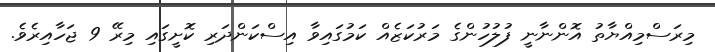
މިރަސްމިއްޔާތު އޮންނާނީ ފުލުހުންގެ މަރުކަޒެއް ކަމުގައިވާ އިސްކަންދަރި ކޮށީގައި މިރޭ 9 ޖަހާއިރެވެ.